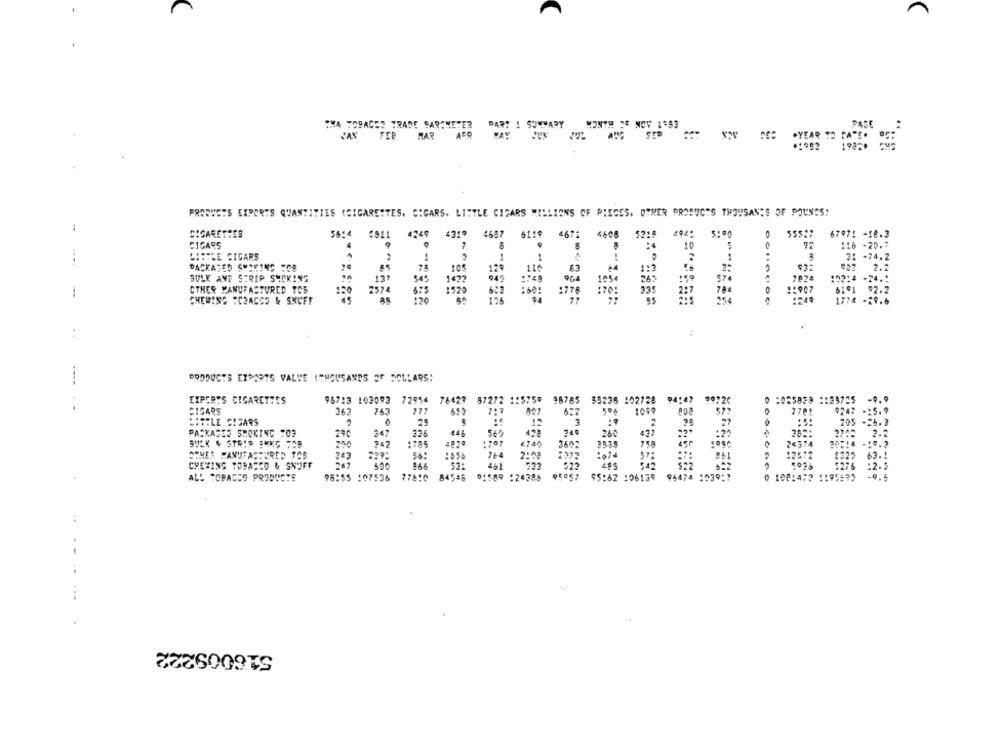
"NA TOBACCO TRADE SARCNETER
PART ! SUMMARY
MONTH SE NOV 1=83
WAY
CAN FIR MAR
PROSHOTS EXPORTS QUANTITIES (CIGARETTES. CICARS. LITTLE CIGARS MILLIONS OF PIECES. OTHER PRODUCTS THOUSANDS OF POUNDS!
-
CIGARETTES
4310
67971 -18.3
55:4 :911
4249
4687
6119
467:
4608
494 5190
CIGARS
4
.
8
.
10
116 -20.7
LIFEPE CIGARS
1
1
31 -74.2
DACKACID SMAKINS :08
85
78
105
129
110
1:3
2:
BULK ANE STRIP SMOKING
139
1422
105e
265
$7
10314 -24.1
545
949
:49
CTHER MANUFACTURED TOS
120
2574
6.75
1520
:60!
1776
170:
335
784
6:41 92.2
CHEWING TCRACES & SNUFF
120
77
95
227
254
1774 -29.6
137
..
PRODUCTS EXPORTS VALUE (THOUSANDS OF DOLLARS:
-9. 9
EXPORTS CIGARETTES
957:3 103093 72954 76427 87272 1:5759
CISARS
763
271
655
29
STILE CIGARS
12
PACKAGED SMOKING :02
290
343
€46
428
250
347
1785
€740
OTHER PANUFACTURED TOR
243
56
2:08
63.1
CHEXING TOPACCO & SNUFF
267
26.6
53
461
522
:2.5
ALL TOBACCO PRODUCTS
96:55 107536
77850
84546
01589 :24325
..
516009222